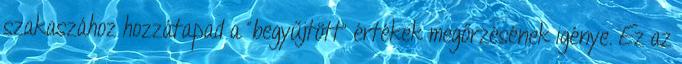
szakaszához hozzátapad a "begyűjtött" értékek megőrzésének igénye. Ez az